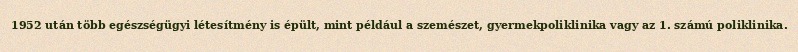
1952 után több egészségügyi létesítmény is épült, mint például a szemészet, gyermekpoliklinika vagy az 1. számú poliklinika.